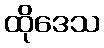
ထိုဒေသ